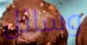
وسائل